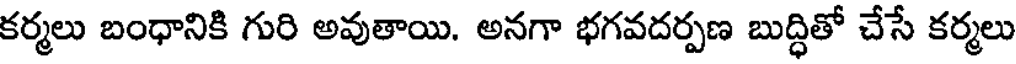
కర్మలు బంధానికి గురి అవుతాయి. అనగా భగవదర్పణ బుద్ధితో చేసే కర్మలు